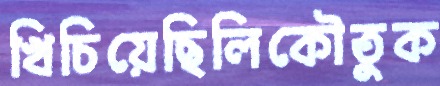
খিচিয়েছিলিকৌতুক